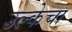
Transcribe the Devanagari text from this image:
उल्केचा